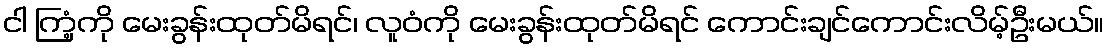
ငါ ကြံ့ကို မေးခွန်းထုတ်မိရင်၊ လူဝံကို မေးခွန်းထုတ်မိရင် ကောင်းချင်ကောင်းလိမ့်ဦးမယ်။